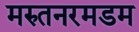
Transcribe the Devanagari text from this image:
मरुतनरमडम